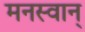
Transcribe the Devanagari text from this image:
मनस्वान्